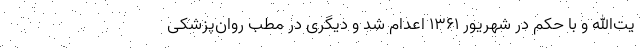
یت‌الله و با حکم در شهریور 1361 اعدام شد و دیگری در مطب روان‌پزشکی